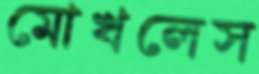
মোখলেস